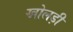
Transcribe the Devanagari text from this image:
खोलड़ी